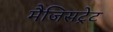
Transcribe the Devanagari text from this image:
मैजिसट्रेट